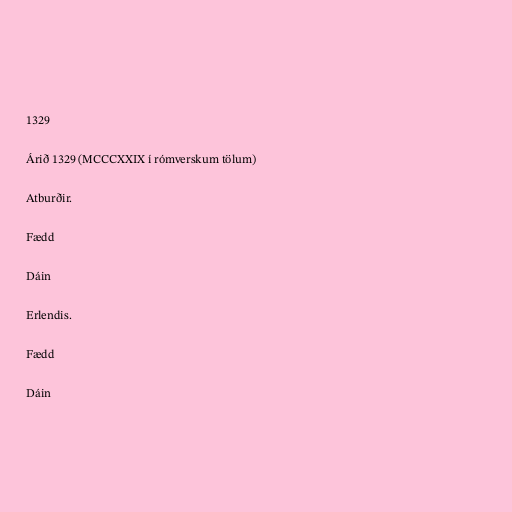
1329

Árið 1329 (MCCCXXIX í rómverskum tölum)

Atburðir.

Fædd

Dáin

Erlendis.

Fædd

Dáin